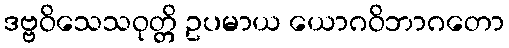
ဒဗ္ဗဝိသေသဝုတ္တိ ဥပမာယ ယောဂဝိဘာဂတော